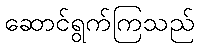
ဆောင်ရွက်ကြသည်